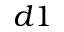
d 1